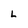
Character: L